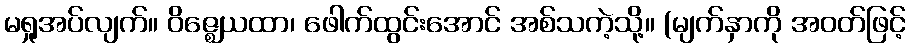
မရှုအပ်လျက်။ ဝိဇ္ဈေယထာ၊ ဖေါက်ထွင်းအောင် အစ်သကဲ့သို့။ (မျက်နှာကို အဝတ်ဖြင့်